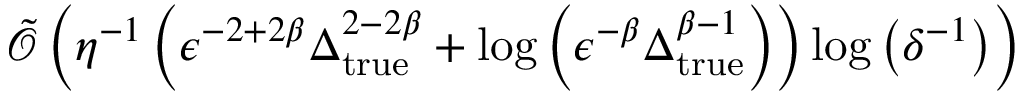
\tilde { \mathcal { O } } \left( \eta ^ { - 1 } \left( \epsilon ^ { - 2 + 2 \beta } \Delta _ { \mathrm { t r u e } } ^ { 2 - 2 \beta } + \log \left( \epsilon ^ { - \beta } \Delta _ { \mathrm { t r u e } } ^ { \beta - 1 } \right) \right) \log \left( \delta ^ { - 1 } \right) \right)